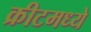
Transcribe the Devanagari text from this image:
क्रीटमध्ये